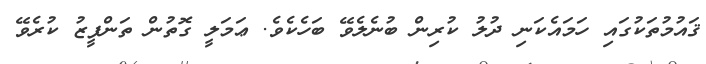
ޤައުމުތަކުގައި ހަމައެކަނި ދުލު ކުރިން ބުނެލެވޭ ބަހެކެވެ. ޢަމަލީ ގޮތުން ތަންފީޒު ކުރެވޭ